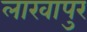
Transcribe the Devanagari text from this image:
लाखापुर